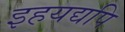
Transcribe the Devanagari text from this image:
इहयद्यपि